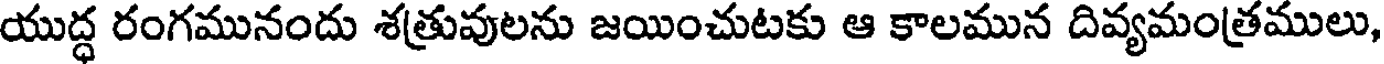
యుద్ధ రంగమునందు శత్రువులను జయించుటకు ఆ కాలమున దివ్యమంత్రములు,